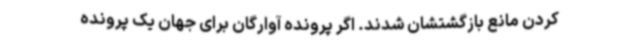
کردن مانع بازگشتشان شدند. اگر پرونده آوارگان برای جهان یک پرونده